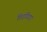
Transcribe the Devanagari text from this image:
गिड़गिड़ाएं